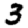
Digit: 3